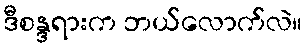
ဒီစန္ဒရားက ဘယ်လောက်လဲ။